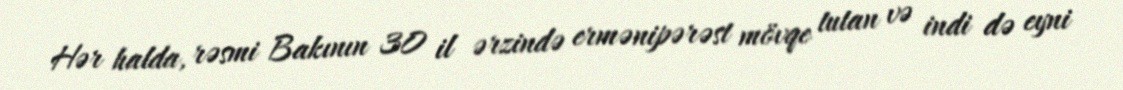
Hər halda, rəsmi Bakının 30 il ərzində ermənipərəst mövqe tutan və indi də eyni